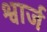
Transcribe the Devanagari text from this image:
श्वार्ज